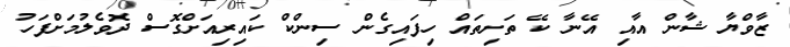
ޒާވްޔާ ޝާން އާއި އޭނާ ކޭ ތަށިތައް ހިފައިގެން ސިންކް ކައިރިއަށްގޮސް ދޮވެލުމަށްފަހު